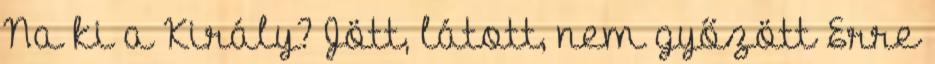
Na ki a Király? Jött, látott, nem győzött Erre